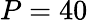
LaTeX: P=40